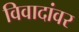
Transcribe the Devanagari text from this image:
विवादांवर